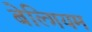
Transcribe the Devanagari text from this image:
बेल्गियम